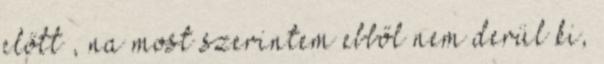
előtt , na most szerintem ebből nem derül ki,